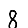
Digit: 8